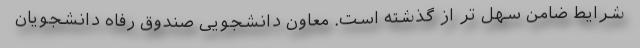
شرایط ضامن سهل تر از گذشته است. معاون دانشجویی صندوق رفاه دانشجویان